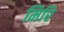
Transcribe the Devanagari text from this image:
मिरि